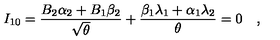
I _ { 1 0 } = { \frac { B _ { 2 } \alpha _ { 2 } + B _ { 1 } \beta _ { 2 } } { \sqrt { \theta } } } + { \frac { \beta _ { 1 } \lambda _ { 1 } + \alpha _ { 1 } \lambda _ { 2 } } { \theta } } = 0 \quad ,